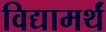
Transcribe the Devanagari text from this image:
विद्यामर्थं